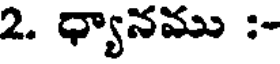
2. ధ్యానము :-